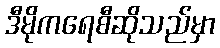
ဒီမိုကရေစီဆိုသည်မှာ